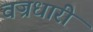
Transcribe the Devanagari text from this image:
वज्रधारी